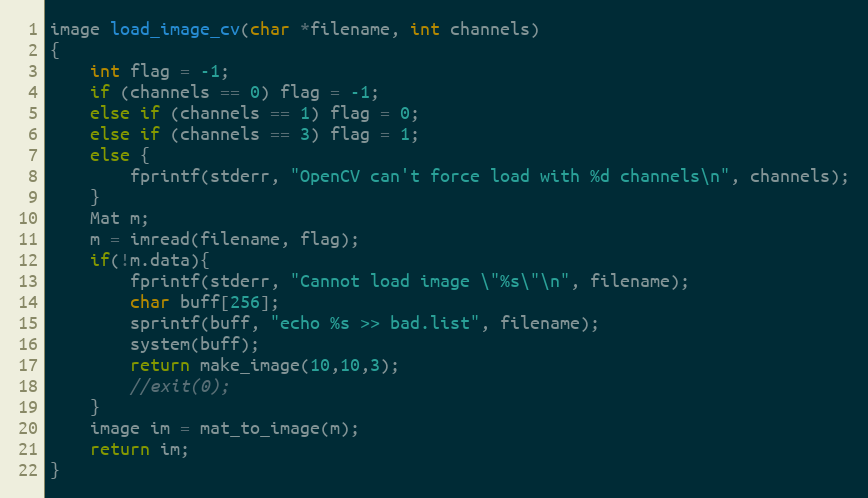
Language: C++
image load_image_cv(char *filename, int channels)
{
    int flag = -1;
    if (channels == 0) flag = -1;
    else if (channels == 1) flag = 0;
    else if (channels == 3) flag = 1;
    else {
        fprintf(stderr, "OpenCV can't force load with %d channels\n", channels);
    }
    Mat m;
    m = imread(filename, flag);
    if(!m.data){
        fprintf(stderr, "Cannot load image \"%s\"\n", filename);
        char buff[256];
        sprintf(buff, "echo %s >> bad.list", filename);
        system(buff);
        return make_image(10,10,3);
        //exit(0);
    }
    image im = mat_to_image(m);
    return im;
}